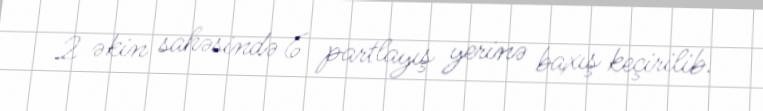
2 əkin sahəsində 6 partlayış yerinə baxış keçirilib.